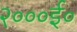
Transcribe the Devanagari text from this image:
२०००ई०